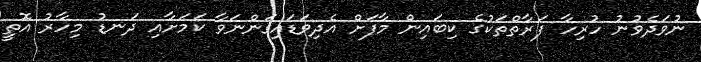
ނުވަދެވުނު ހުރިހާ ފަރާތްތަކުގެ ކިބައިން މާފަށް އެދިވަޑައިގަންނަވާ ކަމަށާއި ދަނޑު މިހާރު އޮތީ